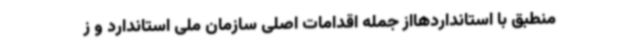
منطبق با استانداردهااز جمله اقدامات اصلی سازمان ملی استاندارد و ز